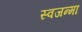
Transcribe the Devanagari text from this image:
स्वजन्मा